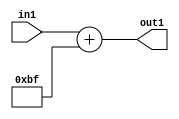
`timescale 1ps / 1ps
/*****************************************************************************
    Verilog RTL Description
    
    
    Created by: Stratus DpOpt 2019.1.01 
*******************************************************************************/

module DC_Filter_Add_12U_14_1 (
	in1,
	out1
	); /* architecture "behavioural" */ 
input [11:0] in1;
output [11:0] out1;
wire [11:0] asc001;

assign asc001 = 
	+(in1)
	+(12'B000010111111);

assign out1 = asc001;
endmodule

/* CADENCE  urnyTgs= : u9/ySgnWtBlWxVPRXgAZ4Og= ** DO NOT EDIT THIS LINE ******/